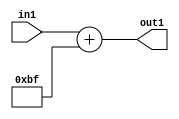
`timescale 1ps / 1ps
/*****************************************************************************
    Verilog RTL Description
    
    
    Created by: Stratus DpOpt 2019.1.01 
*******************************************************************************/

module DC_Filter_Add_12U_14_1 (
	in1,
	out1
	); /* architecture "behavioural" */ 
input [11:0] in1;
output [11:0] out1;
wire [11:0] asc001;

assign asc001 = 
	+(in1)
	+(12'B000010111111);

assign out1 = asc001;
endmodule

/* CADENCE  urnyTgs= : u9/ySgnWtBlWxVPRXgAZ4Og= ** DO NOT EDIT THIS LINE ******/